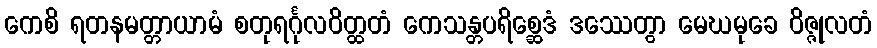
ကေစိ ရတနမတ္တာယာမံ စတုရင်္ဂုလဝိတ္ထတံ ကေသန္တပရိစ္ဆေဒံ ဒဿေတွာ မေဃမုခေ ဝိဇ္ဇုလတံ